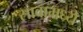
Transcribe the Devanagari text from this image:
सावामध्ये